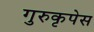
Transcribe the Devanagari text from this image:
गुरुकृपेस